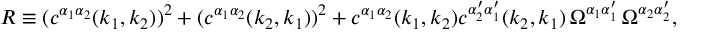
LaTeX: R \equiv ( c ^ { \alpha _ { 1 } \alpha _ { 2 } } ( k _ { 1 } , k _ { 2 } ) ) ^ { 2 } + ( c ^ { \alpha _ { 1 } \alpha _ { 2 } } ( k _ { 2 } , k _ { 1 } ) ) ^ { 2 } + c ^ { \alpha _ { 1 } \alpha _ { 2 } } ( k _ { 1 } , k _ { 2 } ) c ^ { \alpha _ { 2 } ^ { \prime } \alpha _ { 1 } ^ { \prime } } ( k _ { 2 } , k _ { 1 } ) \, \Omega ^ { \alpha _ { 1 } \alpha _ { 1 } ^ { \prime } } \, \Omega ^ { \alpha _ { 2 } \alpha _ { 2 } ^ { \prime } } ,